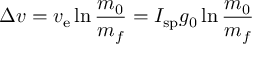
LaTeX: \Delta v = v _ { \mathrm { e } } \ln { \frac { m _ { 0 } } { m _ { f } } } = I _ { \mathrm { s p } } g _ { 0 } \ln { \frac { m _ { 0 } } { m _ { f } } }